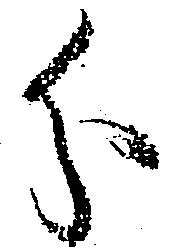
分